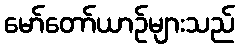
မော်တော်ယာဉ်များသည်